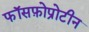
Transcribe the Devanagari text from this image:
फॉसफ़ोप्रोटीन